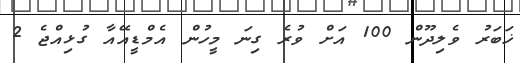
ޚަބަރު ވެލިދޫން 100 އަށް ވުރެ ގިނަ މީހުން އެމްޑީއޭއާ ގުޅިއްޖެ 2